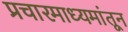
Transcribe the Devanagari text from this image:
प्रचारमाध्यमांतून